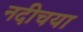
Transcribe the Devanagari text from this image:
नदीचया